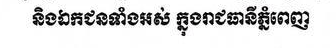
និងឯកជនទាំងអស់ ក្នុងរាជធានីភ្នំពេញ